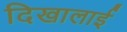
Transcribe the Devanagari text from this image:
दिखालाई